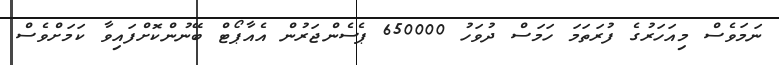
ނަމަވެސް މިއަހަރުގެ ފުރަތަމަ ހަމަސް ދުވަހު 650000 ޕެސެންޖަރުން އެއާޕޯޓް ބޭނުންކޮށްފައިވާ ކަމަށްވެސް